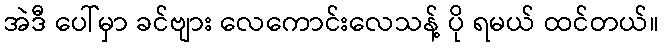
အဲဒီ ပေါ်မှာ ခင်ဗျား လေကောင်းလေသန့် ပို ရမယ် ထင်တယ်။